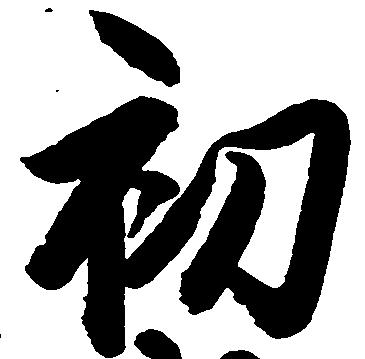
初